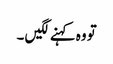
تو وہ کہنے لگیں ۔